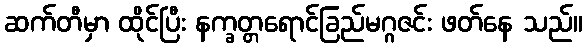
ဆက်တီမှာ ထိုင်ပြီး နက္ခတ္တရောင်ခြည်မဂ္ဂဇင်း ဖတ်နေ သည်။